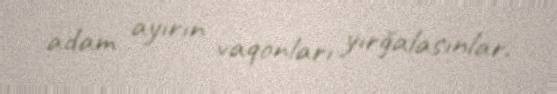
adam ayırın vaqonları yırğalasınlar.